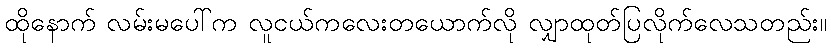
ထိုနောက် လမ်းမပေါ်က လူငယ်ကလေးတယောက်လို လျှာထုတ်ပြလိုက်လေသတည်း။